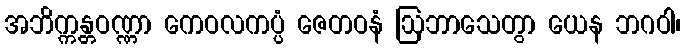
အဘိက္ကန္တဝဏ္ဏာ ကေဝလကပ္ပံ ဇေတဝနံ ဩဘာသေတွာ ယေန ဘဂဝါ၊